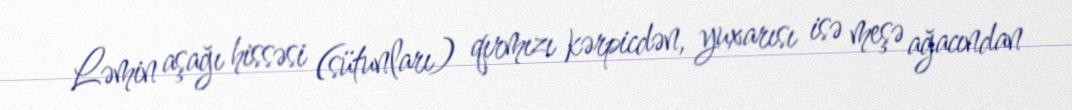
Ləmin aşağı hissəsi (sütunları) qırmızı kərpicdən, yuxarısı isə meşə ağacından